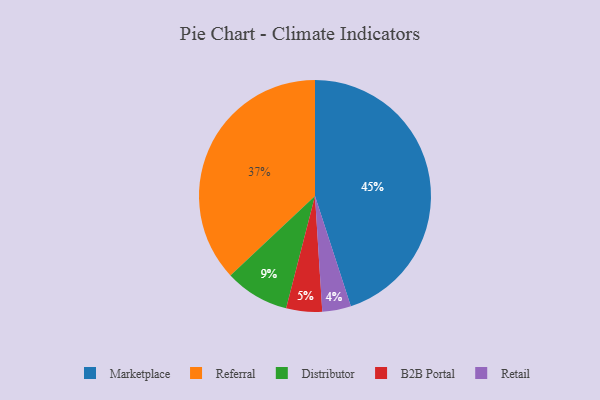
{"axis": {"x": "Category", "y": "Percentage"}, "legend": ["B2B Portal", "Distributor", "Marketplace", "Referral", "Retail"], "data": [{"x": "Distributor", "y": 9, "type": "Distributor"}, {"x": "B2B Portal", "y": 5, "type": "B2B Portal"}, {"x": "Retail", "y": 4, "type": "Retail"}, {"x": "Referral", "y": 37, "type": "Referral"}, {"x": "Marketplace", "y": 45, "type": "Marketplace"}]}